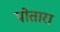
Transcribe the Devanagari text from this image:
पोतारा